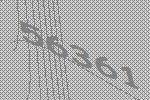
56361